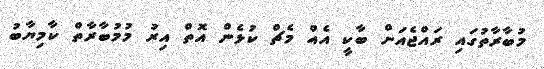
މުބާރާތުގައި ރައްޖެއަށް ބާކީ އެއް މެޗް ކުޅެން އޮތް އިރު މުމުބާރާތް ކާމިޔާބު